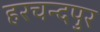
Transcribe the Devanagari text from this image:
हरचन्दपुर